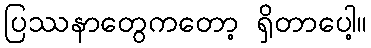
ပြဿနာတွေကတော့ ရှိတာပေါ့။